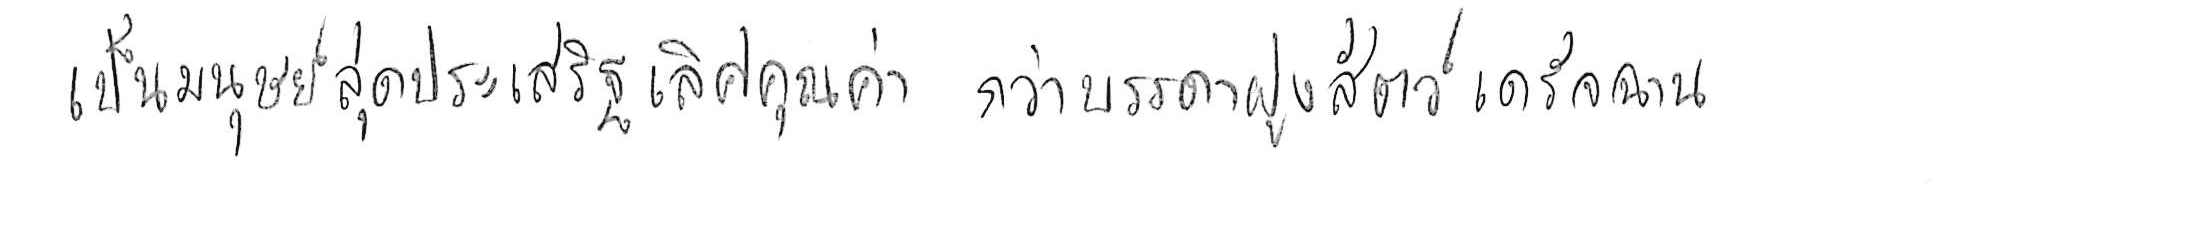
เป็นมนุษย์สุดประเสริฐเลิศคุณค่า กว่าบรรดาฝูงสัตว์เดรัจฉาน